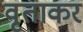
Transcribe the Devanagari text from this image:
वृताकर